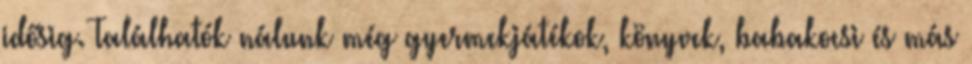
idősig. Találhatók nálunk még gyermekjátékok, könyvek, babakocsi és más